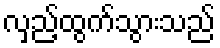
လှည့်ထွက်သွားသည်